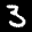
Label: 3